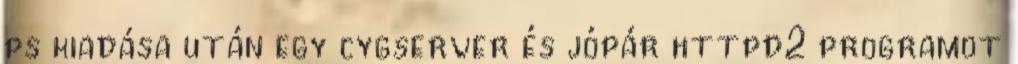
ps kiadása után egy cygserver és jópár httpd2 programot